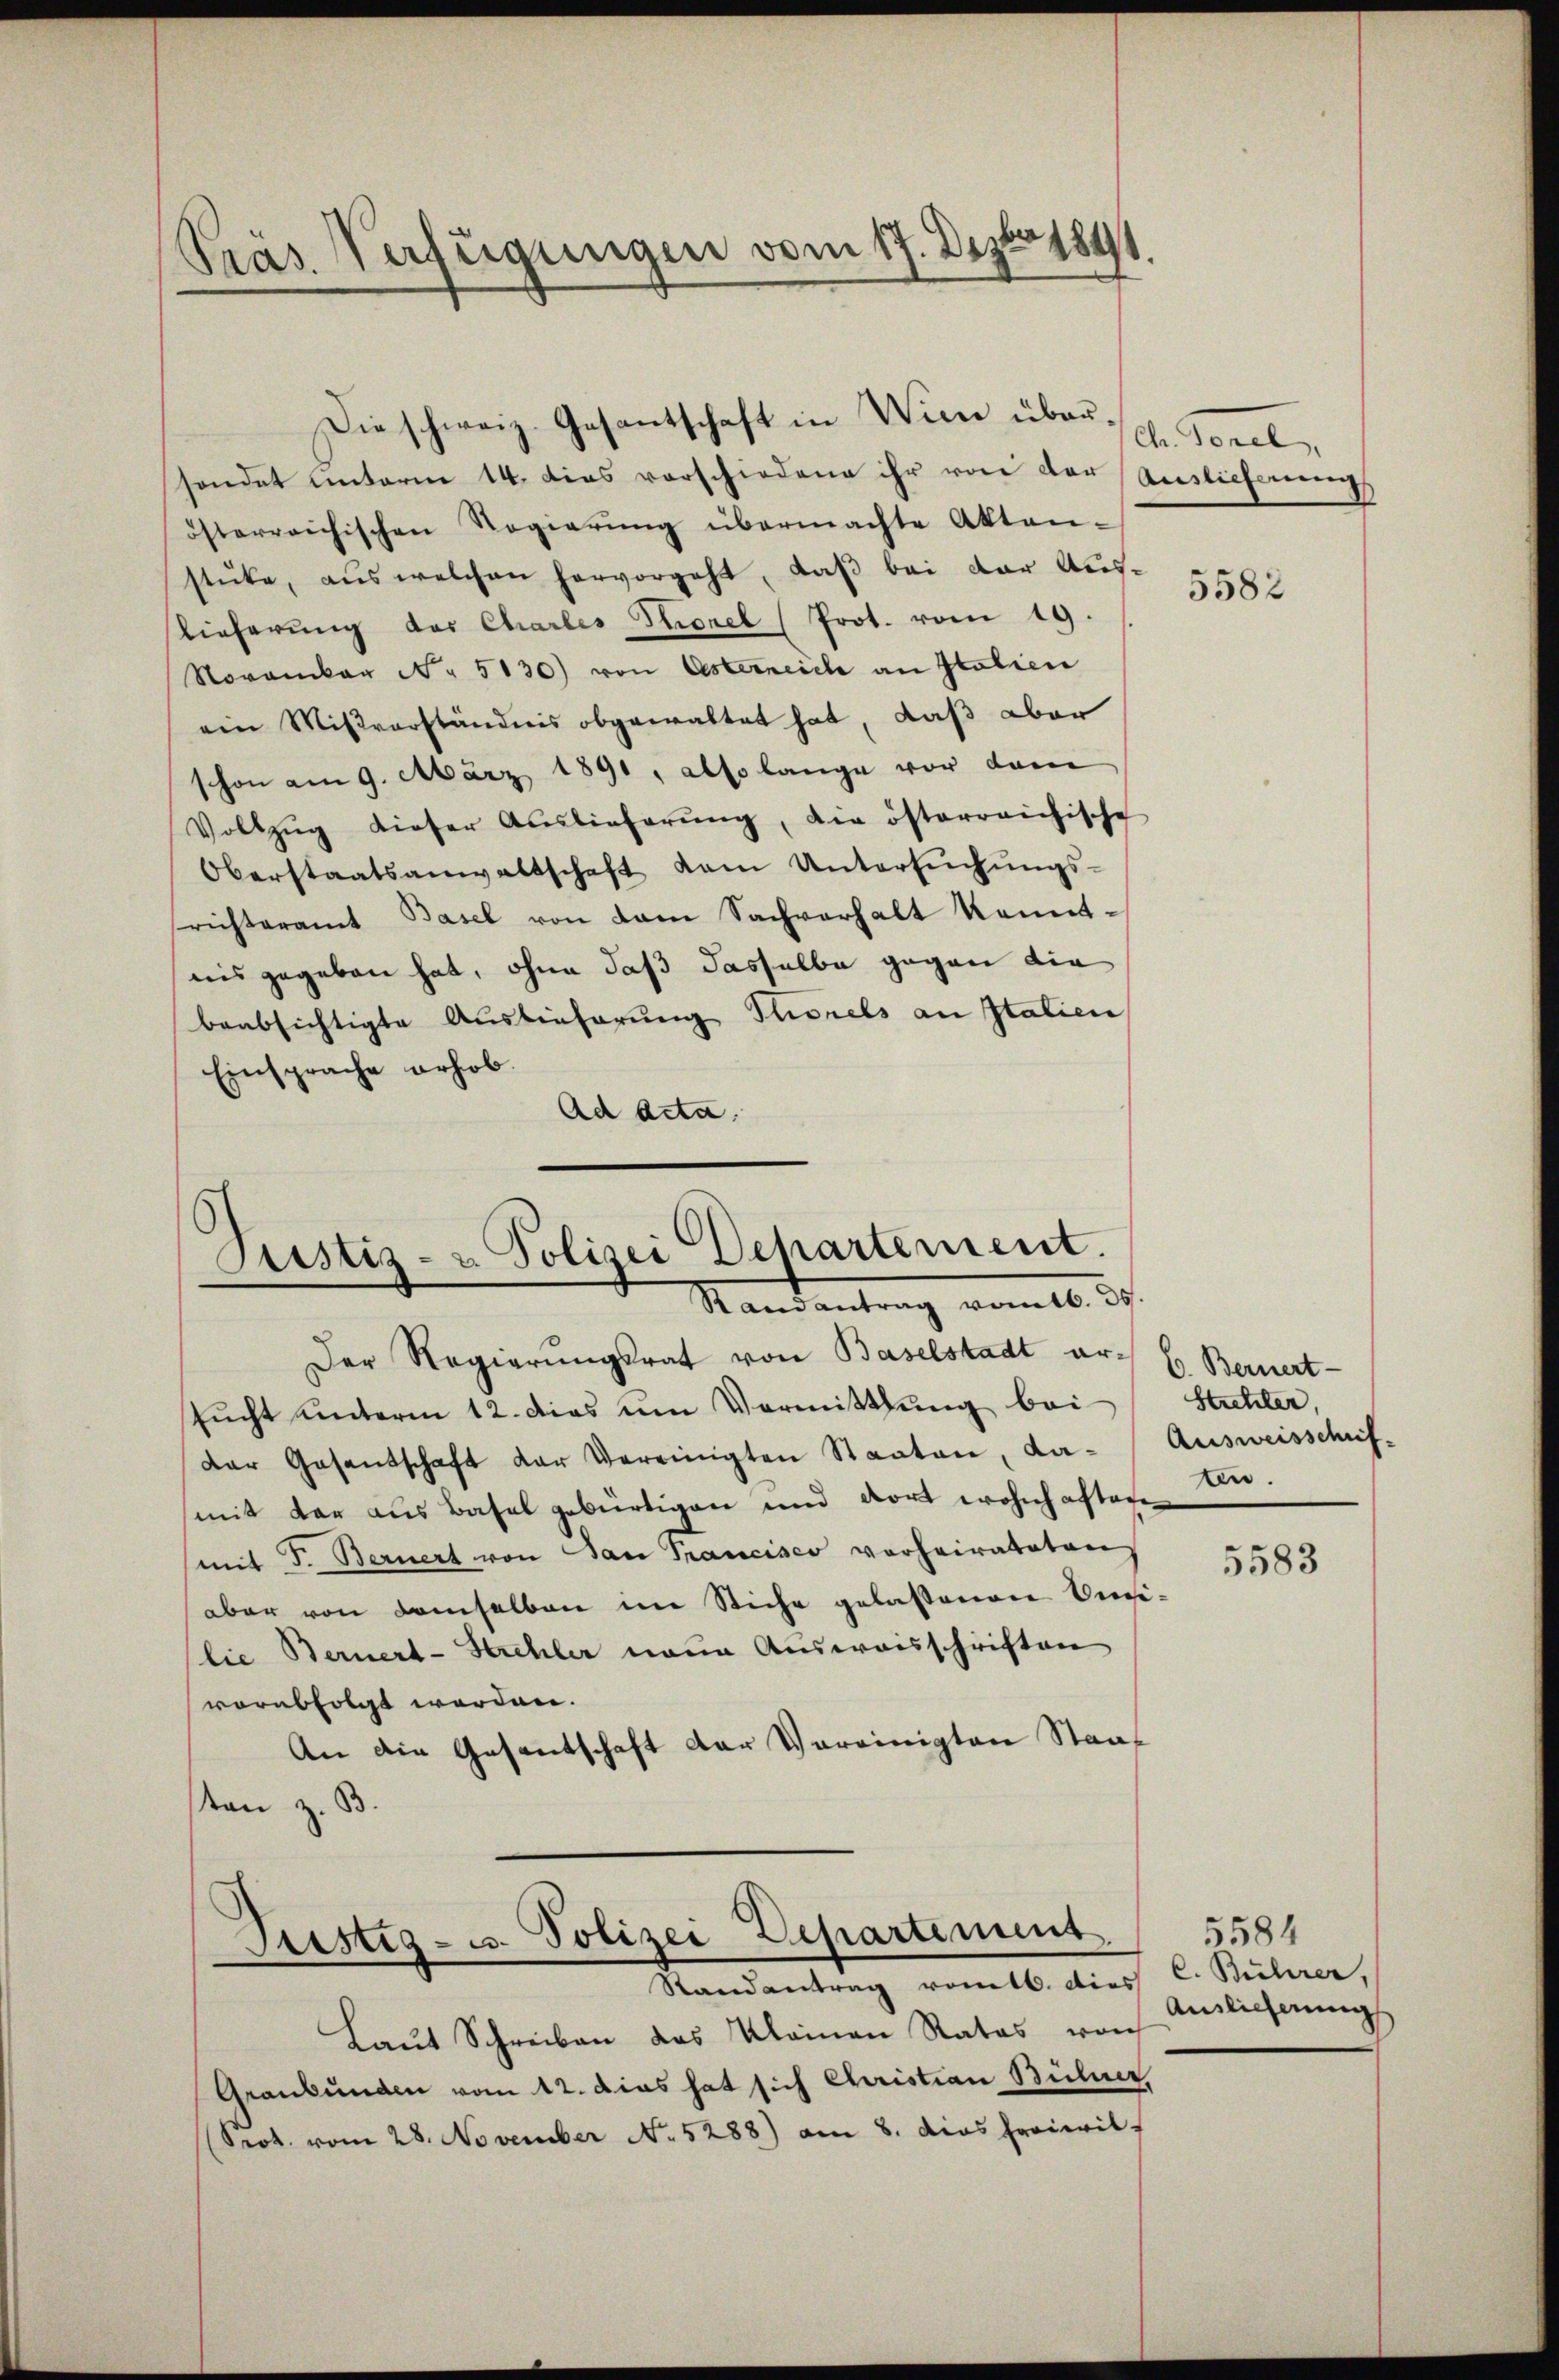
Präs. Verfügungen vom 17. Dezbr 1891

Justiz- & Polizei Departement.
Randantrag vom 16. ds.

Die schweiz. Gesantschaft in Wien über 1. Forel

sondet hinterm 14. Dies vorschiedene ihr von der Auslieferung
österreichischen Regierŭng übermachte Akten-
stüke, aus welchen hervorgeht, daß bei der Auslieferung der Charles Thorel (Prot. vom 19.
November Nr. 5130) von Osterneich an Italien
ein Mißverständnis abgewaltet hat, daß aber
schon am 9. März 1891, also lange vor dam
Vollzŭg dieser Auslieferŭng, die österreichische
Oberstaatsanwaltschaft dem Untersŭchŭngs-
richteramt Basel von dem Sachverhalt Kenntris gegeben hat, ohne daß dasselbe gegen die
beabsichtigte Auslieferung Tuorels an Italien
Einsprache erhob.
Ad Acta.

Grestig- u. Polizei Departement
Randantrag romtl. dies C. Rührer,

Der Regierungsrat von Baselstadt ar- E. Bernert
sucht unterm 12. dies um Vormittlung bei
Der Gesentschaft der Vereinigten Staaten, da- Ausweisschuf-
mit dar aus Basel gebürtigen und dort wohnhaften Di¬
(mit d. Bernert von San Francisco vorheirateten
aber von demselben im Stiche gelassenen Orilie Bernert-Schler neue Ausweisschriften
vorabfolgt werden.
An die Gesantschaft der Vereinigten Staat
sten z. B.

Laut Schreiben das Kleinen Rates von
Graubünden vom 12. das hat sich Christian Bühner,
Prot. vom 28. November No 5288) am 8. dies freiwil

5582

Strehler,

5583

5584
Auslieferung